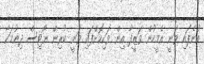
ބުނެފައި ވަނީ އެމީހުން ވަޒީފާ އިން ވަކިކޮށްފައި ވަނީ ކުރިން ނޯޓިސް ދިނުމަކާ